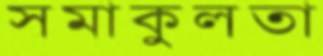
সমাকুলতা